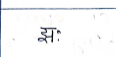
मजकूर: झः